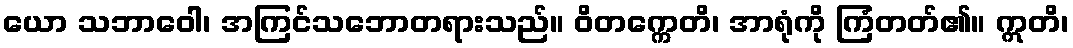
ယော သဘာဝေါ၊ အကြင်သဘောတရားသည်။ ဝိတက္ကေတိ၊ အာရုံကို ကြံတတ်၏။ ဣတိ၊